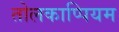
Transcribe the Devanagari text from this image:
तोलकाप्पियम